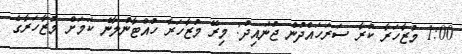
1:00 މުޒާހަރާ ކުރާ ސަރަހައްދުން ޖުނައިދު: މިރޭ މުޒާހަރާ ހުއްޓާނުލާނެ ކަމަށް މުޒާހަރާގެ